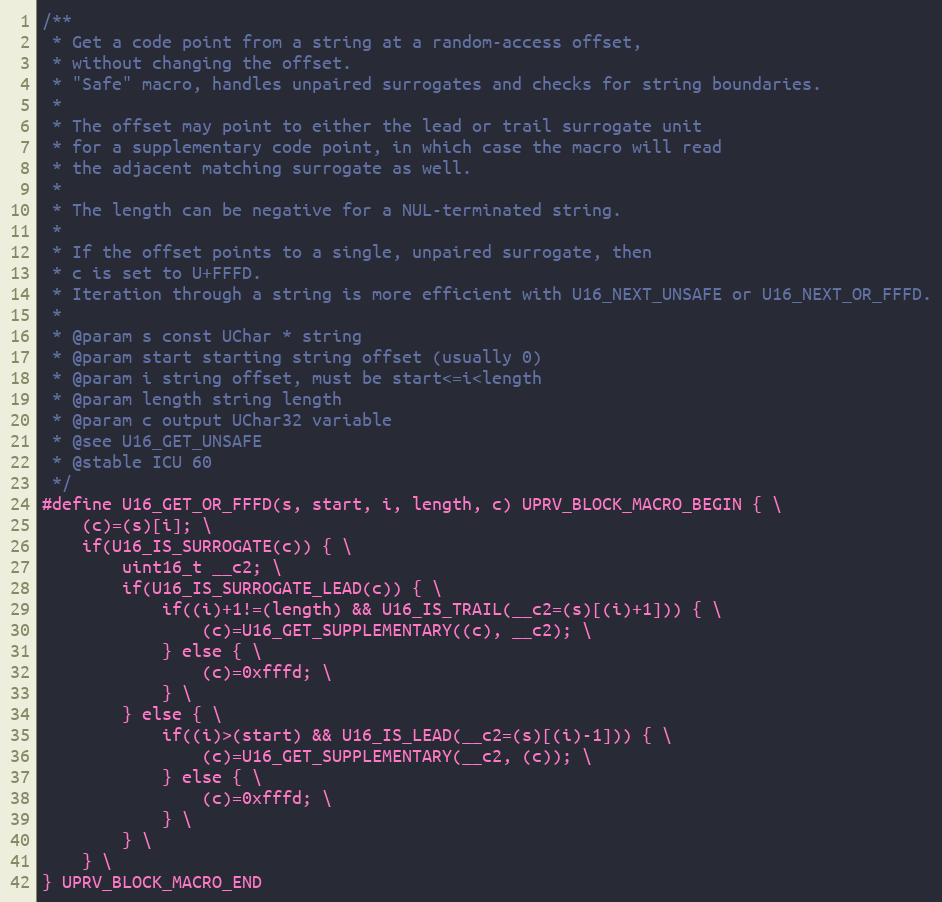
Language: C
/**
 * Get a code point from a string at a random-access offset,
 * without changing the offset.
 * "Safe" macro, handles unpaired surrogates and checks for string boundaries.
 *
 * The offset may point to either the lead or trail surrogate unit
 * for a supplementary code point, in which case the macro will read
 * the adjacent matching surrogate as well.
 *
 * The length can be negative for a NUL-terminated string.
 *
 * If the offset points to a single, unpaired surrogate, then
 * c is set to U+FFFD.
 * Iteration through a string is more efficient with U16_NEXT_UNSAFE or U16_NEXT_OR_FFFD.
 *
 * @param s const UChar * string
 * @param start starting string offset (usually 0)
 * @param i string offset, must be start<=i<length
 * @param length string length
 * @param c output UChar32 variable
 * @see U16_GET_UNSAFE
 * @stable ICU 60
 */
#define U16_GET_OR_FFFD(s, start, i, length, c) UPRV_BLOCK_MACRO_BEGIN { \
    (c)=(s)[i]; \
    if(U16_IS_SURROGATE(c)) { \
        uint16_t __c2; \
        if(U16_IS_SURROGATE_LEAD(c)) { \
            if((i)+1!=(length) && U16_IS_TRAIL(__c2=(s)[(i)+1])) { \
                (c)=U16_GET_SUPPLEMENTARY((c), __c2); \
            } else { \
                (c)=0xfffd; \
            } \
        } else { \
            if((i)>(start) && U16_IS_LEAD(__c2=(s)[(i)-1])) { \
                (c)=U16_GET_SUPPLEMENTARY(__c2, (c)); \
            } else { \
                (c)=0xfffd; \
            } \
        } \
    } \
} UPRV_BLOCK_MACRO_END